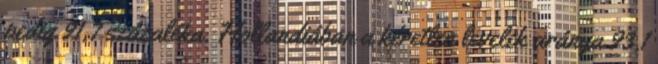
pedig 91,7 százaléka. Hollandiában a kéretlen levelek aránya 93,1